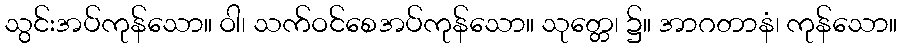
သွင်းအပ်ကုန်သော။ ဝါ၊ သက်ဝင်စေအပ်ကုန်သော။ သုတ္တေ၊ ၌။ အာဂတာနံ၊ ကုန်သော။